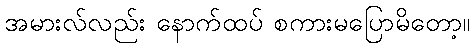
အမားလ်လည်း နောက်ထပ် စကားမပြောမိတော့။